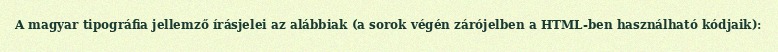
A magyar tipográfia jellemző írásjelei az alábbiak (a sorok végén zárójelben a HTML-ben használható kódjaik):